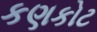
કણકોટ